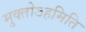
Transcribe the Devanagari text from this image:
मुक्तोऽहमिति